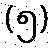
(၅)